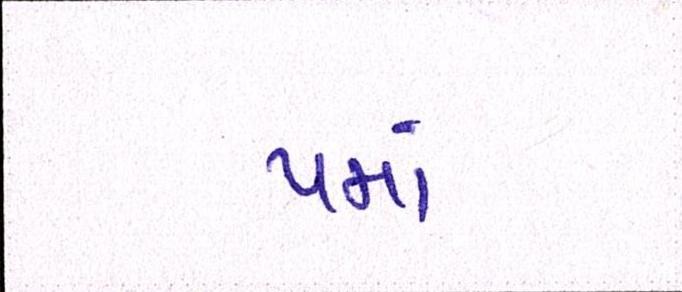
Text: પમાં